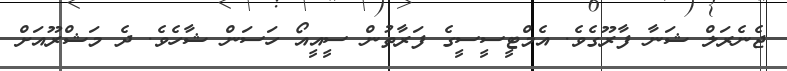
ޖެނެރަލް ޝަނާ ފާރޫގެވެ. އެމްޓީސީސީގެ ފަރާތުން ސީއީއޯ ހަސަން ޝާހެވެ. ދެ މަޝްރޫއަަށް